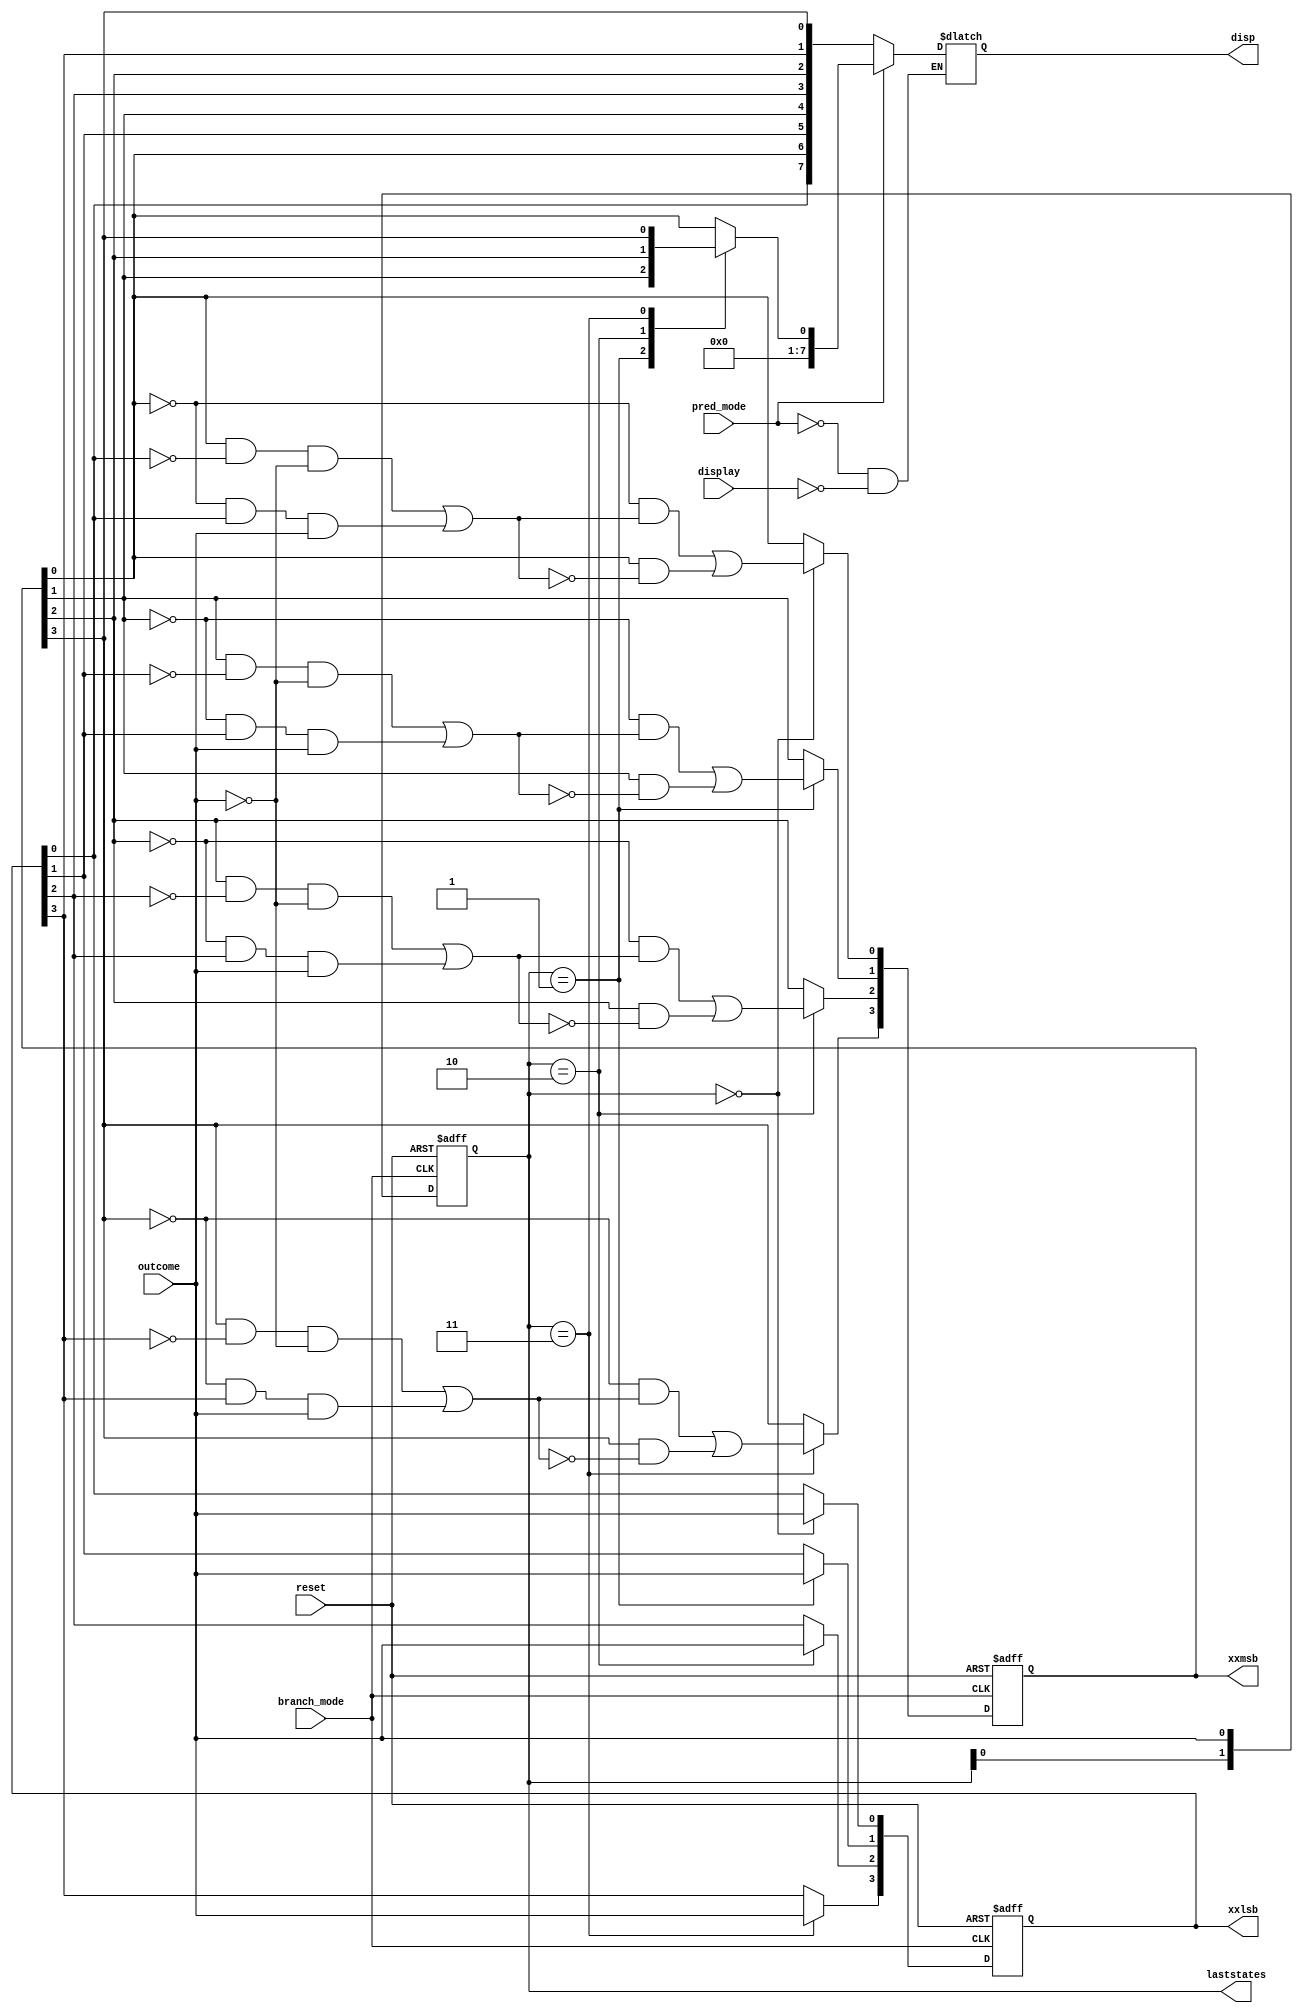
module BHT(
    output reg [3:0]xxlsb,           // for simulation only
    output reg [3:0]xxmsb,           // for simulation only
    output reg [1:0] laststates,     // for simulation only
    input outcome,                   // actual outcome whether the state was taken or not taken
    input pred_mode,                 
    input branch_mode,
    input reset,                     //these represent the 4 mpdes of operation
    input display,
    output reg [7:0]disp             // this register displays the FSM status of the 4 entries in BHT 
    );
reg [3:0]xxlsb;             //for implementation on hardware; represent the LSB bits of FSM status of corresponding 4 entries(NN,NT,TN,TT) in BHT
reg [3:0]xxmsb;             //for implementation on hardware; represent the MSB bits of FSM status of corresponding 4 entries(NN,NT,TN,TT) in BHT
reg [1:0] laststates;       //for implementation on hardware; represents the last two states in BHT
initial laststates <= 2'b00;        // initializing the last two states
initial xxlsb <= 4'b1100;           
initial xxmsb <= 4'b1100;           // initializing the FSM status of the BHT entries with binary values
always @(*)
begin
if(pred_mode)               //when in prediction mode
    begin
        case(laststates)
            2'b00: disp <= xxmsb[0];
            2'b01: disp <= xxmsb[1];        //only one led glowing or not(1/0) represents prediction as taken or not
            2'b10: disp <= xxmsb[2];
            2'b11: disp <= xxmsb[3];
    endcase
    end
else if(display)            //when in display mode
    begin
        disp <= {xxlsb[0],xxmsb[0],xxlsb[1],xxmsb[1],xxlsb[2],xxmsb[2],xxlsb[3],xxmsb[3]};
    end
end
always @(posedge branch_mode or posedge reset)
begin
if(reset)           //when in reset mode
    begin
        xxlsb <= 4'b1100;
        xxmsb <= 4'b1100;
        laststates <= 2'b00;
    end
else if(branch_mode)        //when in branch mode
    begin
        case(laststates)
            2'b00: begin               
                        xxmsb[0] <= ((~xxmsb[0]) & ((xxmsb[0] & (~xxlsb[0]) & (~outcome)) | ((~xxmsb[0]) & xxlsb[0] & outcome))) |
                                    (xxmsb[0] & ~((xxmsb[0] & (~xxlsb[0]) & (~outcome)) | ((~xxmsb[0]) & xxlsb[0] & outcome)));
                        xxlsb[0] <= outcome;
                   end
            2'b01: begin               
                        xxmsb[1] <= ((~xxmsb[1]) & ((xxmsb[1] & (~xxlsb[1]) & (~outcome)) | ((~xxmsb[1]) & xxlsb[1] & outcome))) |
                                    (xxmsb[1] & ~((xxmsb[1] & (~xxlsb[1]) & (~outcome)) | ((~xxmsb[1]) & xxlsb[1] & outcome)));
                        xxlsb[1] <= outcome;
                   end
            2'b10: begin               
                        xxmsb[2] <= ((~xxmsb[2]) & ((xxmsb[2] & (~xxlsb[2]) & (~outcome)) | ((~xxmsb[2]) & xxlsb[2] & outcome))) |
                                    (xxmsb[2] & ~((xxmsb[2] & (~xxlsb[2]) & (~outcome)) | ((~xxmsb[2]) & xxlsb[2] & outcome)));
                        xxlsb[2] <= outcome;
                   end
            2'b11: begin               
                        xxmsb[3] <= ((~xxmsb[3]) & ((xxmsb[3] & (~xxlsb[3]) & (~outcome)) | ((~xxmsb[3]) & xxlsb[3] & outcome))) |
                                    (xxmsb[3] & ~((xxmsb[3] & (~xxlsb[3]) & (~outcome)) | ((~xxmsb[3]) & xxlsb[3] & outcome)));
                        xxlsb[3] <= outcome;
                   end
        endcase            
        laststates <= {laststates[0],outcome};                                 
    end
end
endmodule